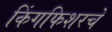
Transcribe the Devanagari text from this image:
किंगफिशरचे